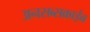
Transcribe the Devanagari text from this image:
अनसब्सक्राईब